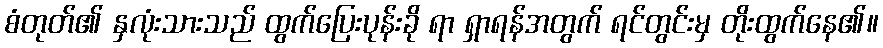
စံတုတ်၏ နှလုံးသားသည် ထွက်ပြေးပုန်းခို ရာ ရှာရန်အတွက် ရင်တွင်းမှ တိုးထွက်နေ၏။